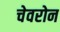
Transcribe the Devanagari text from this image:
चेवरोन